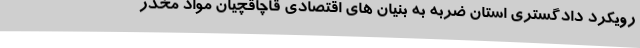
رویکرد دادگستری استان ضربه به بنیان های اقتصادی قاچاقچیان مواد مخدر